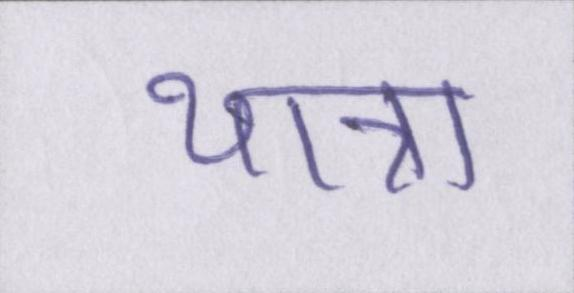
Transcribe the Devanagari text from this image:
यात्रा